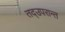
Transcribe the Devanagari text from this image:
तद्उपरान्त